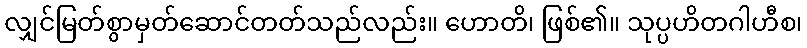
လျှင်မြတ်စွာမှတ်ဆောင်တတ်သည်လည်း။ ဟောတိ၊ ဖြစ်၏။ သုပ္ပဟိတဂါဟီစ၊